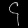
Digit: ၄